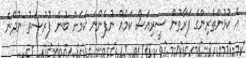
އެ ކުޅުންތެރިންގެ ފަރާތުން ސީރިއަސް ކަމެއް ނުފެންނަ ކަމަށް ބުނެ ފުރުސަތު ނުދޭނެ